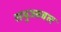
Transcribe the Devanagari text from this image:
समुज्जवल